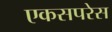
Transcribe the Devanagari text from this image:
एकसपरेस